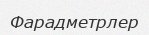
Фарадметрлер